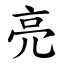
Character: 亮